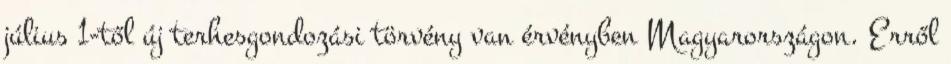
július 1-től új terhesgondozási törvény van érvényben Magyarországon. Erről